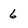
Character: 6